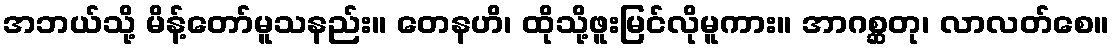
အဘယ်သို့ မိန့်တော်မူသနည်း။ တေနဟိ၊ ထိုသို့ဖူးမြင်လိုမူကား။ အာဂစ္ဆတု၊ လာလတ်စေ။